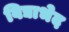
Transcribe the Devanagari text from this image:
विद्याभेद